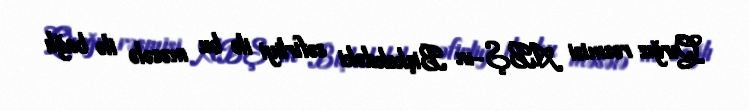
Qırğız rəsmisi ABŞ-ın Bişkekdəki səfirliyi ilə bu məsələ ilə bağlı